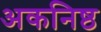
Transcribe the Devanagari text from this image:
अकनिष्ठ